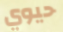
حيوي